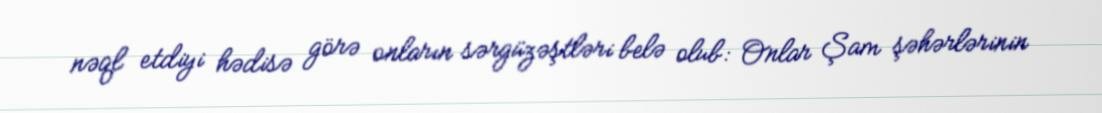
nəql etdiyi hədisə görə onların sərgüzəştləri belə olub: Onlar Şam şəhərlərinin